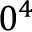
0 ^ { 4 }